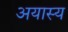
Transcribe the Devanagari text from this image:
अयास्य